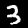
Digit: 3